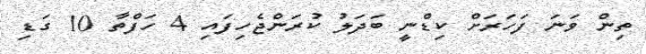
ތިން ވަނަ ފަހަރަށް ކިޑްނީ ބަދަލު ކުރަންޖެހިފައި 4 ހަފްތާ 10 ގަޑި